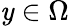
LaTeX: \mathit{y}\in\Omega